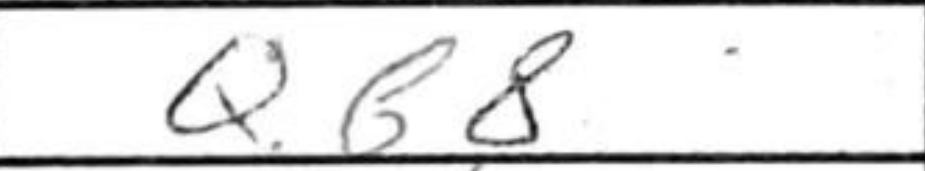
Transcription: Qb8